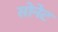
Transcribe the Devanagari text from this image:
सोनेट